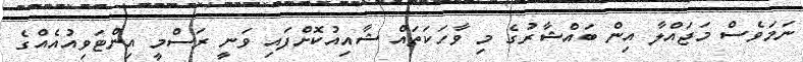
ނަމަވެސް މަޖައްލާ އިން ބައްޝާރުގެ މި ވާހަކަތައް ޝާއިއުކޮށްފައި ވަނީ ރަސްމީ އިންޓަވިއުއެއްގެ